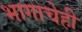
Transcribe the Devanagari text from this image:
भागाचेही